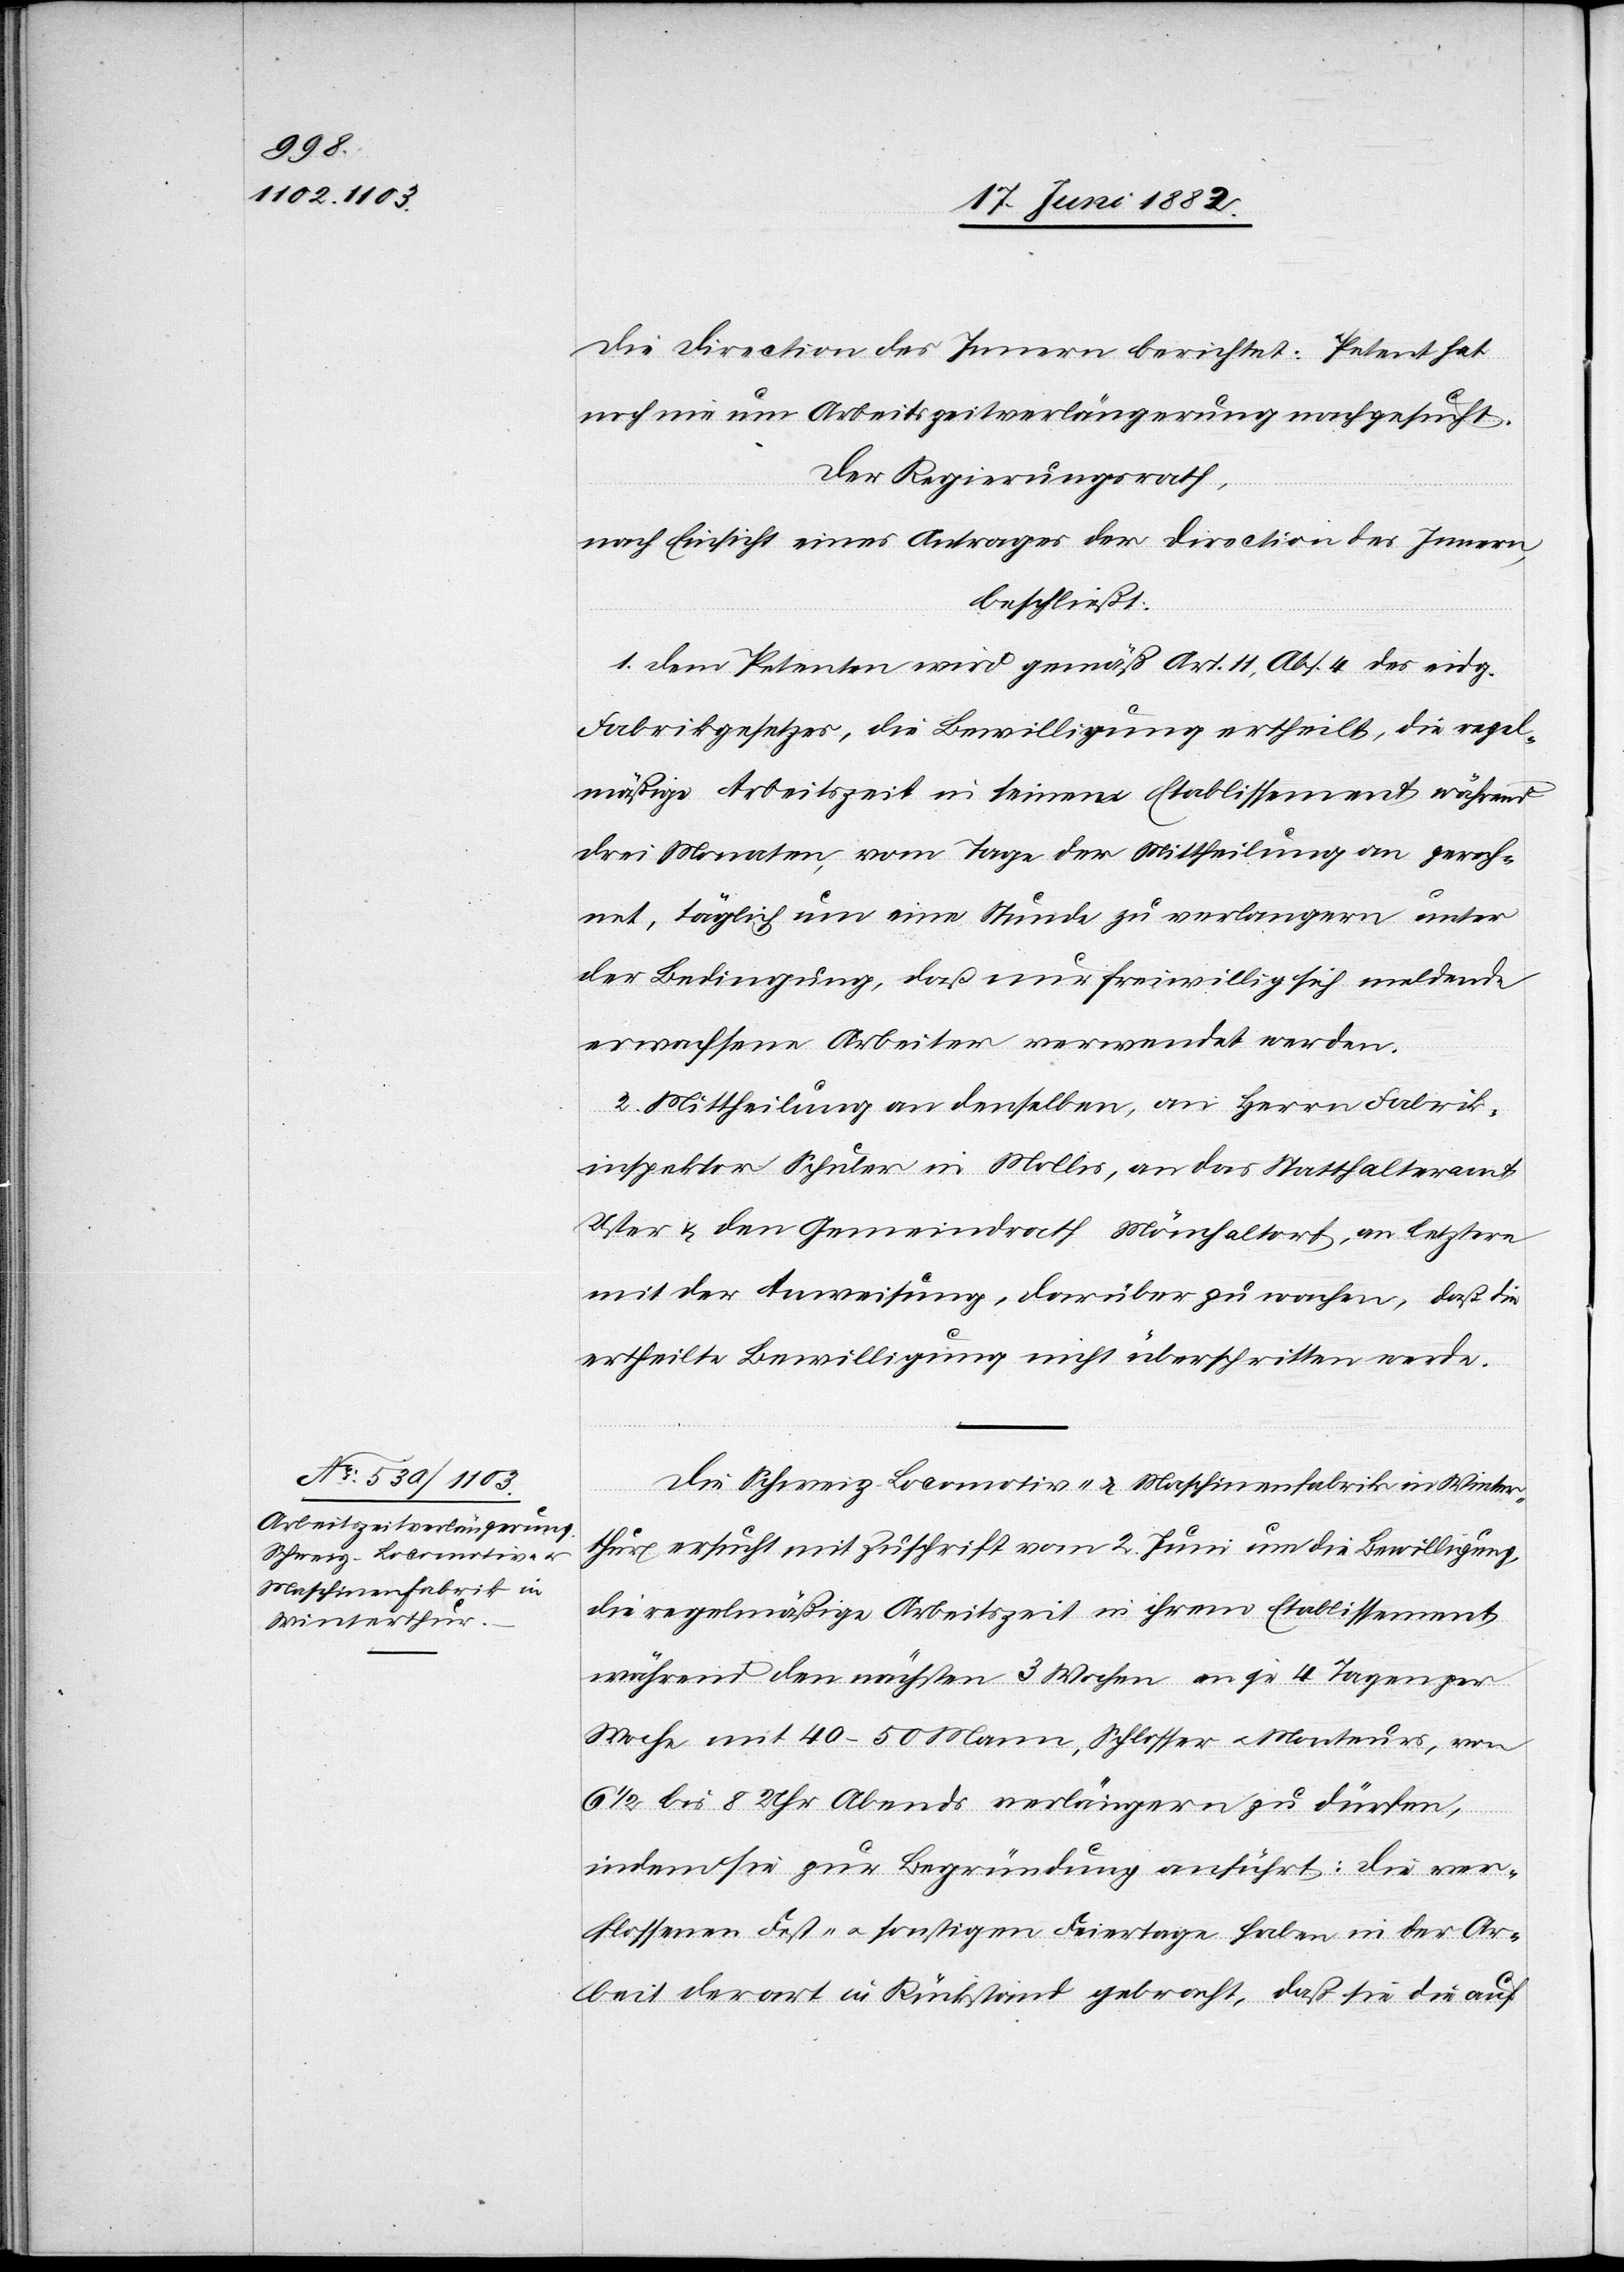
Die Direction des Innern berichtet: Petent hat
noch nie um Arbeitszeitverlängerung nachgesucht.
Der Regierungsrath,
nach Einsicht eines Antrages der Direction des Innern,
beschließt:
1. Dem Petenten wird gemäß Art. 11, Abs. 4 des eidg.
Fabrikgesetzes, die Bewilligung ertheilt, die regel¬
mäßige Arbeitszeit in seinem Etablissement während
drei Monaten, vom Tage der Mittheilung an gerech¬
net, täglich um eine Stunde zu verlängern unter
der Bedingung, daß nur freiwillig sich meldende
erwachsene Arbeiter verwendet werden.
2. Mittheilung an denselben, an Herrn Fabrik¬
inspektor Schuler in Mollis, an das Statthalteramt
Uster & den Gemeindrath Mönchaltorf, an letztere
mit der Anweisung, darüber zu wachen, daß die
ertheilte Bewilligung nicht überschritten werde.
Die Schweiz. Locomotiv- & Maschinenfabrik in Winter¬
thur ersucht mit Zuschrift vom 2. Juni um die Bewilligung,
die regelmäßige Arbeitszeit in ihrem Etablissement
während den nächsten 3 Wochen an je 4 Tagen per
Woche mit 40–50 Mann, Schlosser u. Monteurs, von
6 1/2 bis 8 Uhr Abends verlängern zu dürfen,
indem sie zur Begründung anführt: Die ver¬
flossenen Fest- u. sonstigen Feiertage haben in der Ar¬
beit derart in Rückstand gebracht [sic!], daß sie die auf